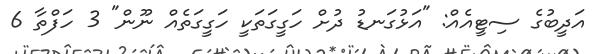
އަދީބުގެ ސިޓީއެއް: "އަޅުގަނޑު ދުށް ހަގީގަތަކީ ހަގީގަތެއް ނޫން" 3 ހަފްތާ 6